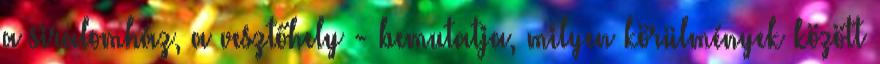
a siralomház, a vesztőhely - bemutatja, milyen körülmények között